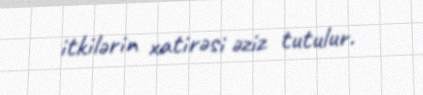
itkilərin xatirəsi əziz tutulur.